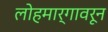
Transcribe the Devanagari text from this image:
लोहमार्गावरून